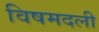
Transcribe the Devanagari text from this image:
विषमदली